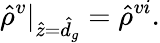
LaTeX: \hat{\rho}^{v}\vert_{\hat{z}=\hat{d}_{g}}=\hat{\rho}^{vi}.